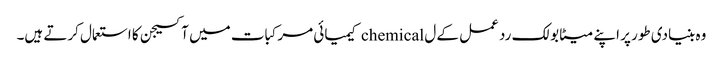
وہ بنیادی طور پر اپنے میٹابولک رد عمل کے ل chemical کیمیائی مرکبات میں آکسیجن کا استعمال کرتے ہیں۔